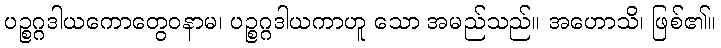
ပဉ္စဂ္ဂဒါယကောတွေဝနာမ၊ ပဉ္စဂ္ဂဒါယကာဟူ သော အမည်သည်။ အဟောသိ၊ ဖြစ်၏။